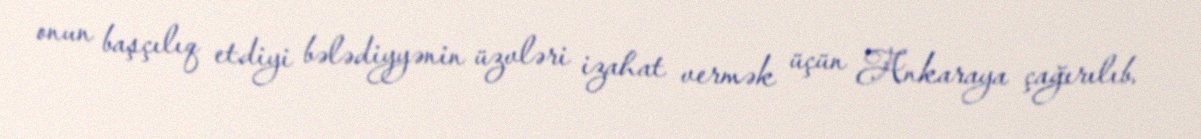
onun başçılıq etdiyi bələdiyyənin üzvləri izahat vermək üçün Ankaraya çağırılıb.